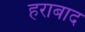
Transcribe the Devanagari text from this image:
हराबाद